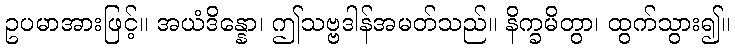
ဥပမာအားဖြင့်။ အယံဒိန္နော၊ ဤသဗ္ဗဒါန်အမတ်သည်။ နိက္ခမိတွာ၊ ထွက်သွား၍။